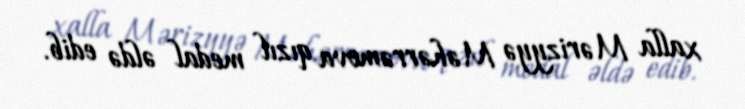
xalla Mərizyyə Məhərrəmova qızıl medal əldə edib.